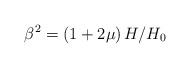
LaTeX: \begin{align*}\beta ^{2}=\left( 1+2\mu \right) H/H_{0}\; \end{align*}